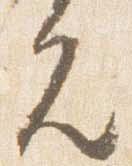
允